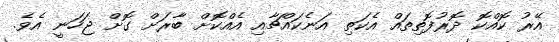
އޭރު ކޮއްކޮ ދޮރުފޮތިތައް އެކަތި އަނެކައްޗާއި އެއްކޮށް ބާރަށް ގޮށް ޖަހަނީ އެވެ.